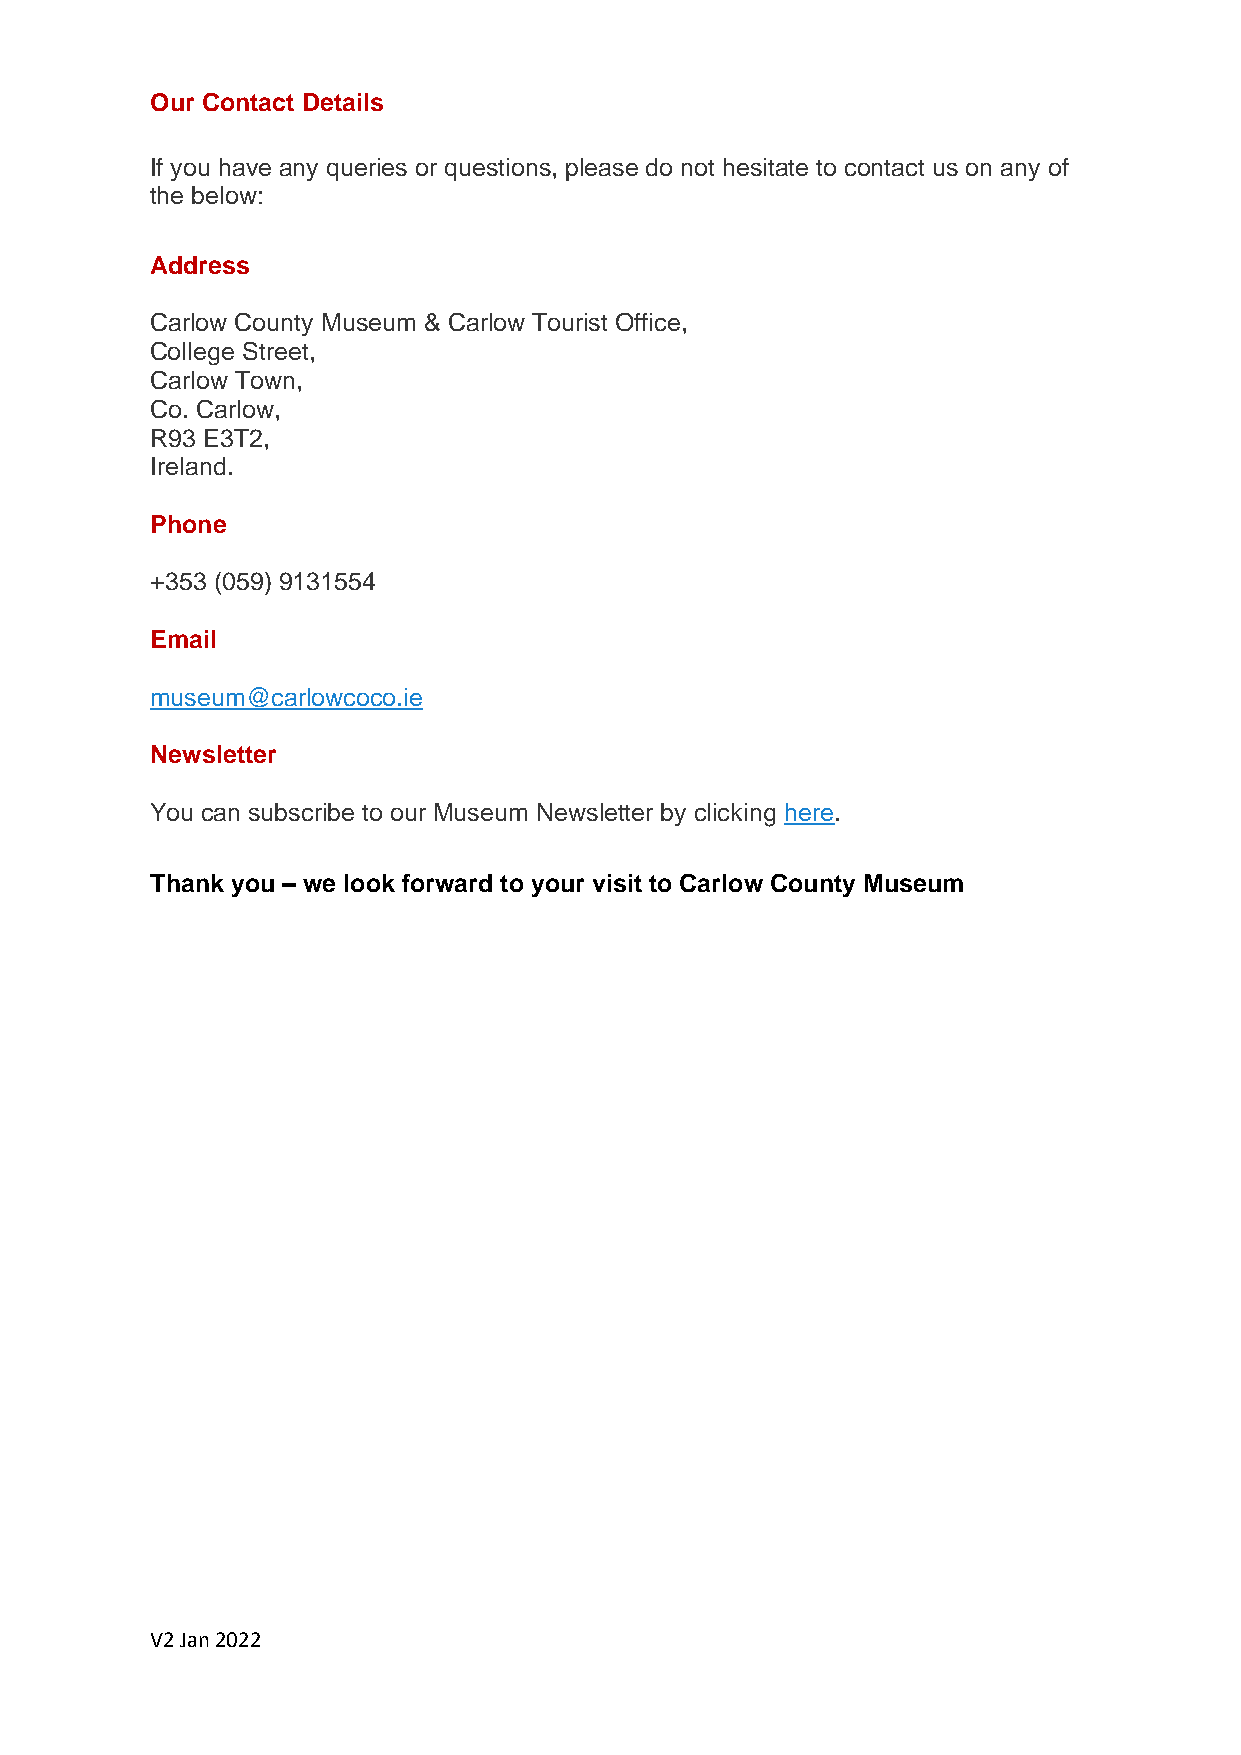
Our Contact Details
 If you have any queries or questions, please do not hesitate to contact us on any of
 the below:
 Address
 Carlow County Museum & Carlow Tourist Office,
 College Street,
 Carlow Town,
 Co. Carlow,
 R93 E3T2,
 Ireland.
 Phone
 +353 (059) 9131554
 Email
 museum@carlowcoco.ie
 Newsletter
 You can subscribe to our Museum Newsletter by clicking here.
 Thank you – we look forward to your visit to Carlow County Museum
 V2 Jan 2022